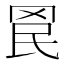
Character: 𮊄